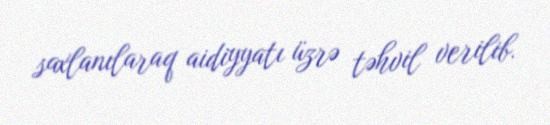
saxlanılaraq aidiyyatı üzrə təhvil verilib.